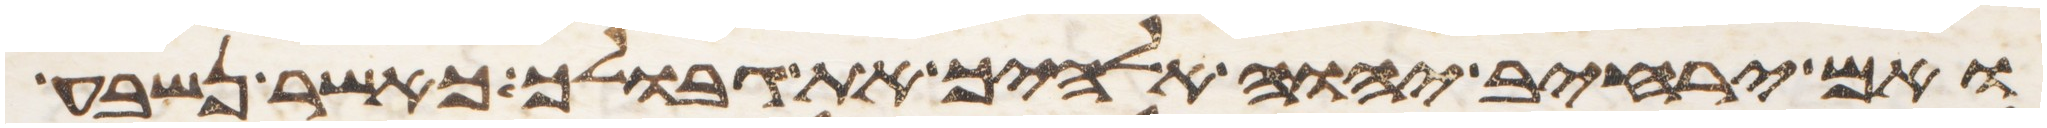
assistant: ואם ירחיב יהוה אלהיך את גבולך כאשר נשבע